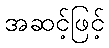
အဆင့်ဖြင့်